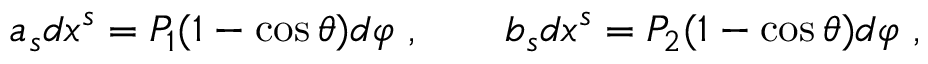
a _ { s } d x ^ { s } = P _ { 1 } ( 1 - \cos \theta ) d \varphi \ , \ \ \ \ \ \ b _ { s } d x ^ { s } = P _ { 2 } ( 1 - \cos \theta ) d \varphi \ ,